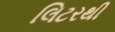
લિટરથી